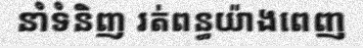
នាំទំនិញ រត់ពន្ធយ៉ាងពេញ